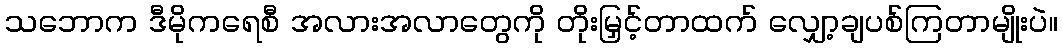
သဘောက ဒီမိုကရေစီ အလားအလာတွေကို တိုးမြှင့်တာထက် လျှော့ချပစ်ကြတာမျိုးပဲ။